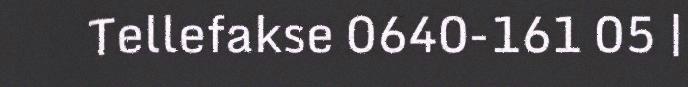
Tellefakse 0640-161 05 |